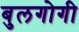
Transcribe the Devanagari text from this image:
बुलगोगी